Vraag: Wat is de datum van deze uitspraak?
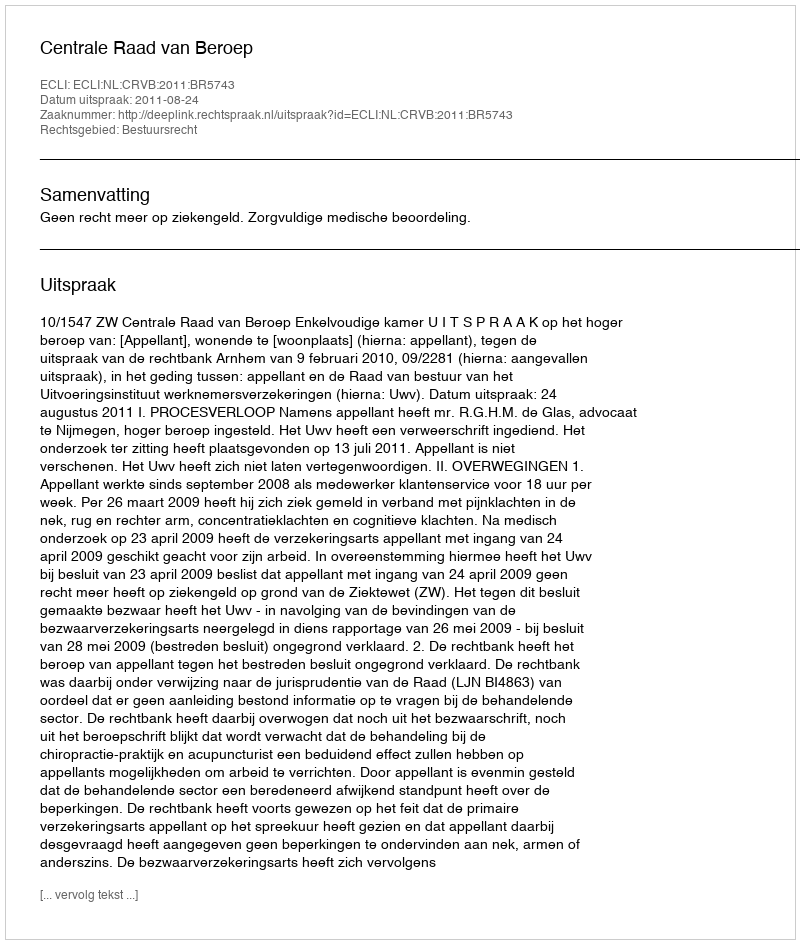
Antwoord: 2011-08-24